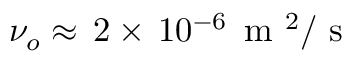
\nu _ { o } \approx \, 2 \times \, 1 0 ^ { - 6 } \, \mathrm { ~ m ~ } ^ { 2 } / \mathrm { ~ s ~ }